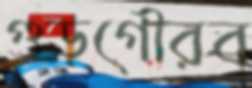
গুড়গৌরব